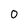
Character: 0